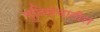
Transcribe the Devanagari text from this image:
युतिसंचातील